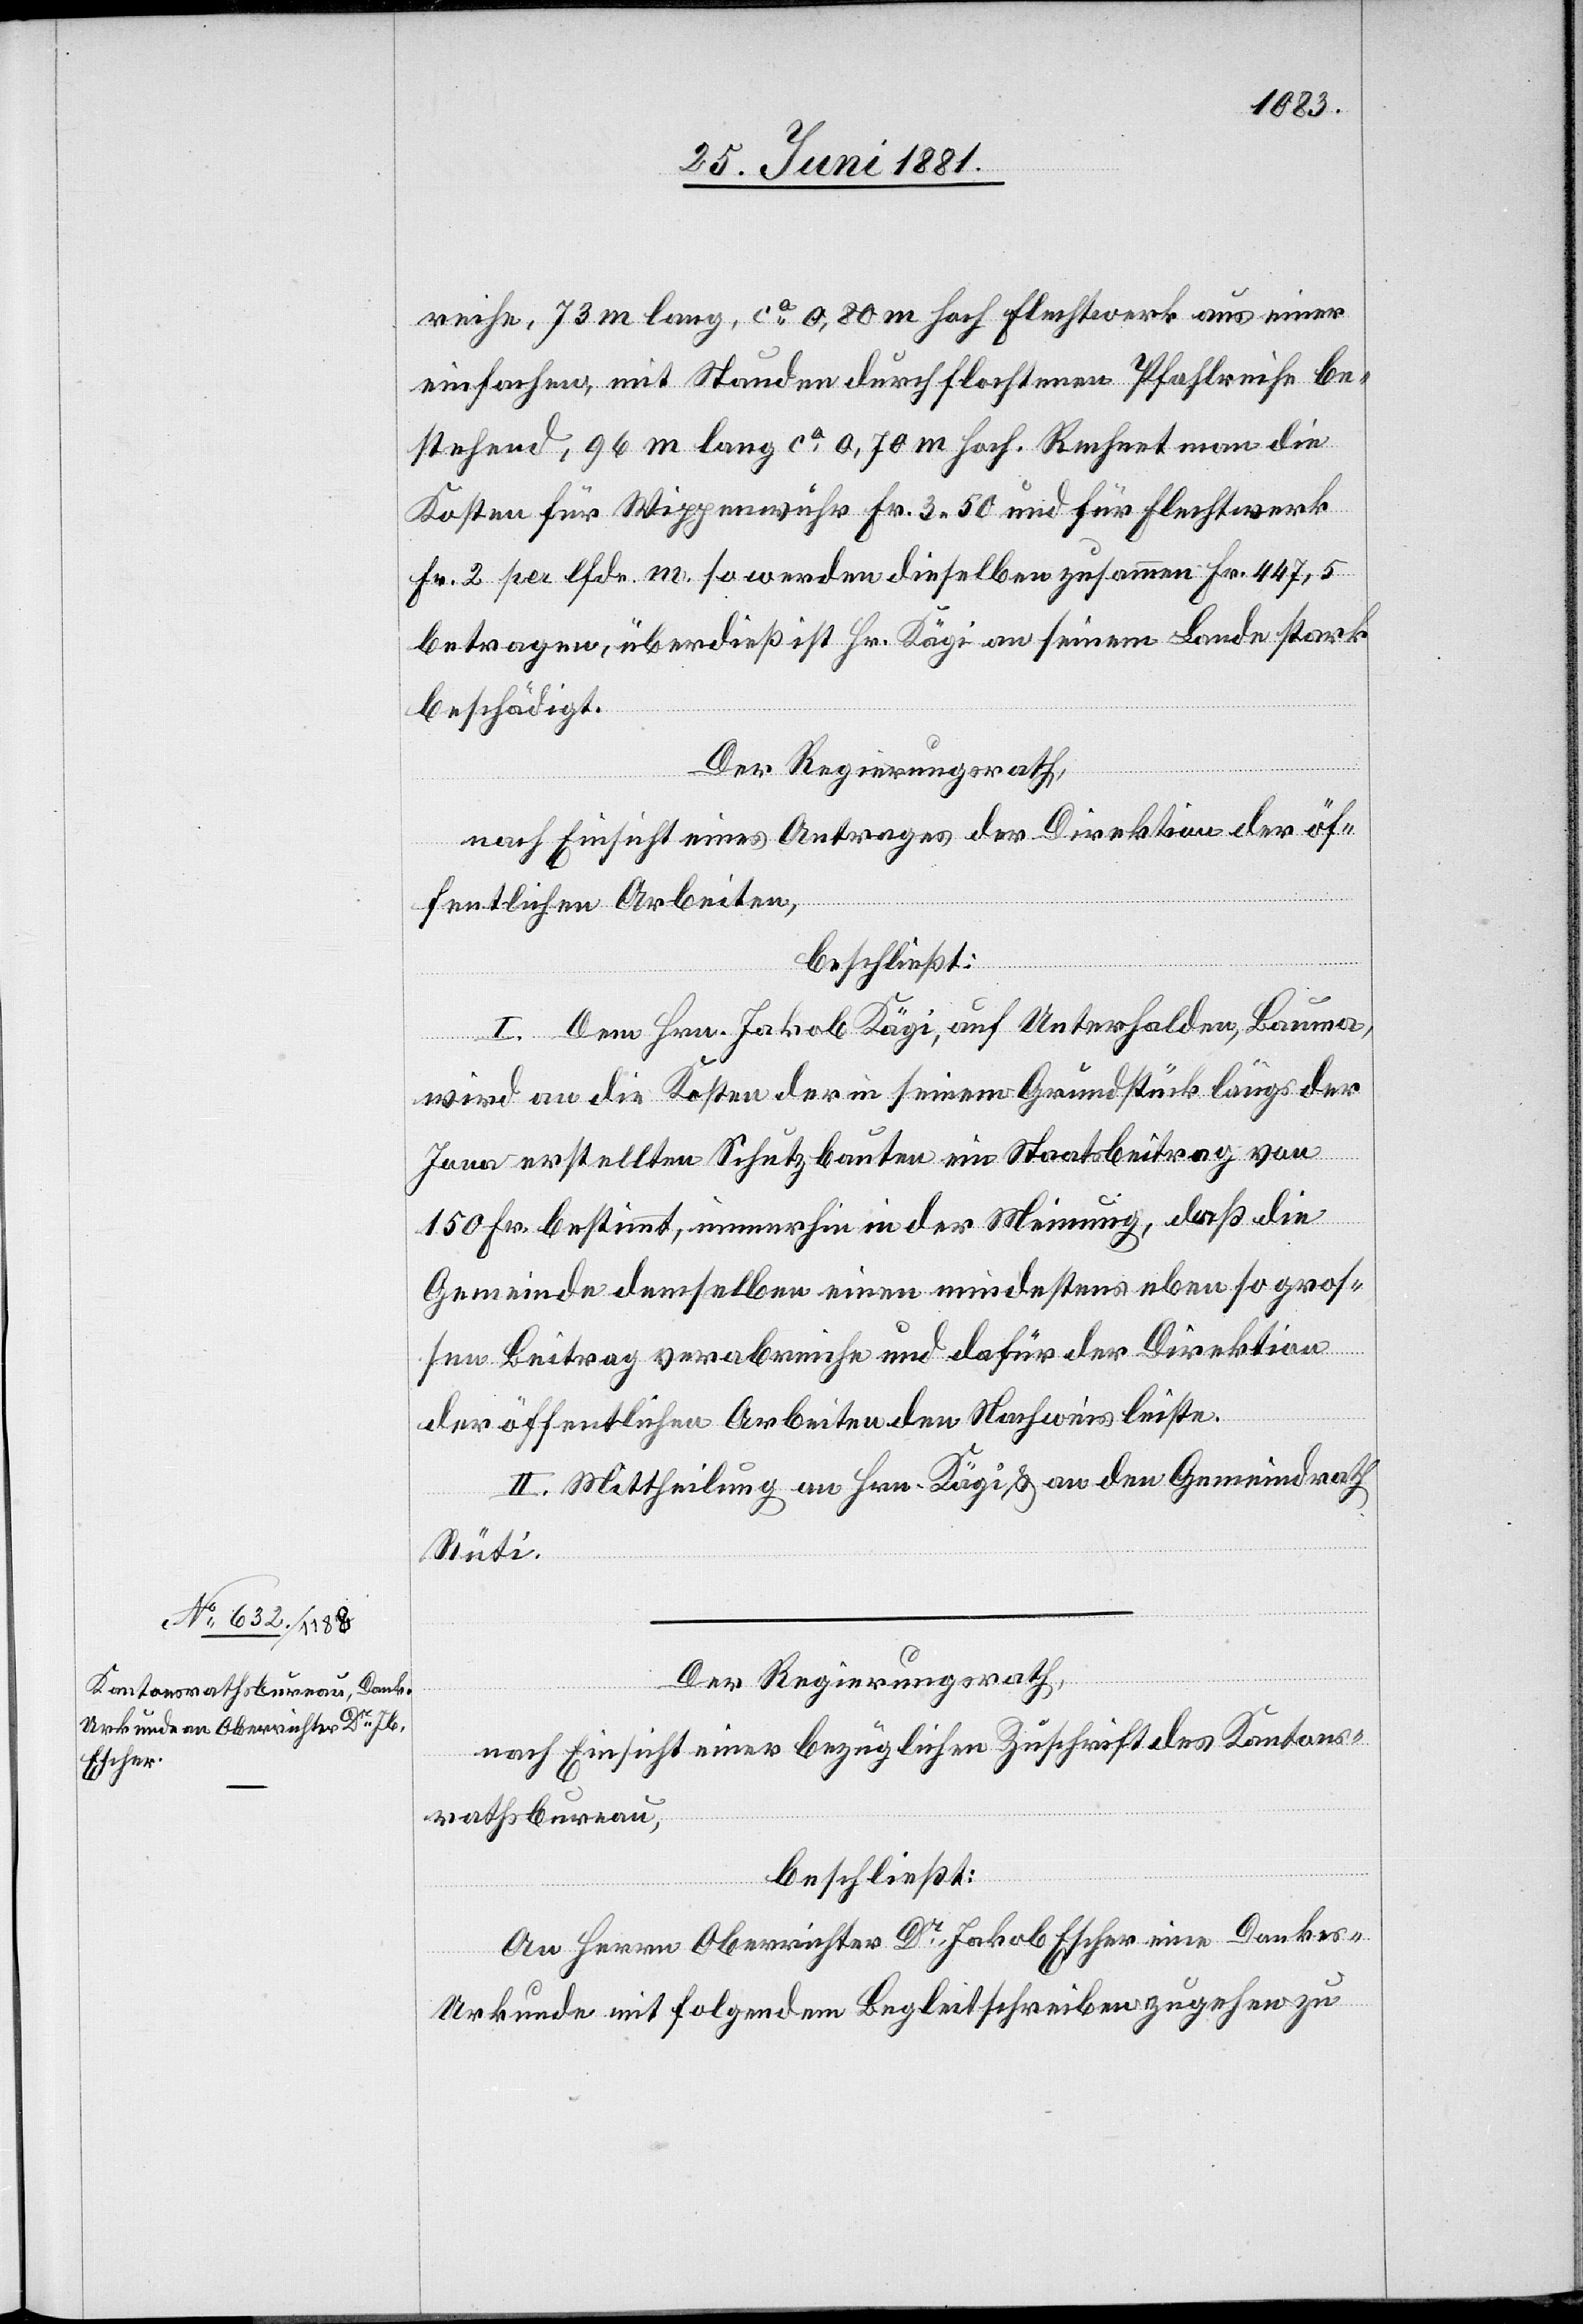
reche, 73 m lang, ca 0,80 m hoch Flechtwerk aus einer
einfachen, mit Stauden durchflochtenen Pfahlreihe be¬
stehend, 96 m lang ca 0,70 m hoch. Rechnet man die
Kosten für Wippenwuhr Fr. 3 50 und für Flechtwerk
Fr. pro lfdn. m. so werden dieselben zusammen Fr. 447,5
betragen, überdieß ist Hr. Kägi an seinem Lande stark
beschädigt.
Der Regierungsrath,
nach Einsicht eines Antrages der Direktion der öf¬
fentlichen Arbeiten,
beschließt:
I. Dem Hrn. Jakob Kägi, auf Unterhalden, Bauma
wird an die Kosten der in seinem Grundstücke längs der
Jona erstellten Schutzbauten ein Staatsbeitrag von
150 Fr. bestimmt, immerhin in der Meinung, daß die
Gemeinde demselben einen mindestens eben so gros¬
sen Beitrag verabreiche und dafür der Direktion
der öffentlichen Arbeiten den Nachweis leiste.
II. Mittheilung an Hrn. Kägi & an den Gemeindrath
Rüti.
Der Regierungsrath,
nach Einsicht einer bezüglichen Zuschrift des Kantons¬
rathsbureau,
beschließt:
An Herrn Oberrichter Dr Jakob Escher eine Dankes-U¬
rkunde mit folgendem Begleitschreiben zugehen zu